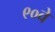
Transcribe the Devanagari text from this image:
९०वे